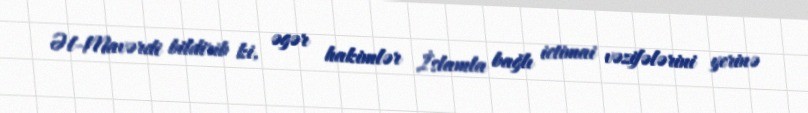
Əl-Mavərdi bildirib ki, əgər hakimlər İslamla bağlı ictimai vəzifələrini yerinə